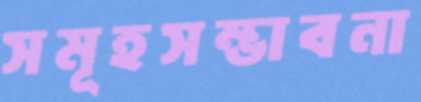
সমূহসম্ভাবনা